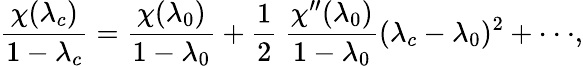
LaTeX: {\frac{\chi(\lambda_{c})}{1-\lambda_{c}}}={\frac{\chi(\lambda_{0})}{1-\lambda_{0}}}+{\frac{1}{2}}\ {\frac{\chi^{\prime\prime}(\lambda_{0})}{1-\lambda_{0}}}(\lambda_{c}-\lambda_{0})^{2}+\cdot\cdot\cdot,